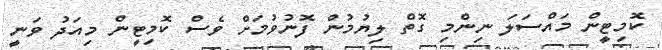
ކޮމިޓީން މައްސަލަ ނިންމި ގޮތް ލިޔުމުން ފޮނުވުމަށް ވެސް ކޮމިޓީން މިއަދު ވަނީ